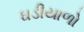
ઘડીયાળો